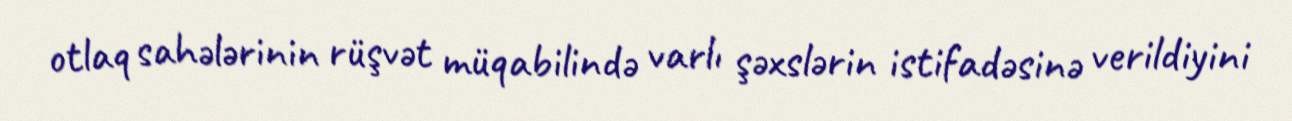
otlaq sahələrinin rüşvət müqabilində varlı şəxslərin istifadəsinə verildiyini